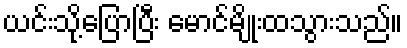
ယင်းသို့ပြောပြီး မောင်မျိုးထသွားသည်။